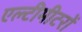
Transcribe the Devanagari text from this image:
एल्टीमीटरों